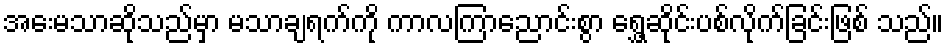
အေးမသာဆိုသည်မှာ မသာချရက်ကို ကာလကြာညောင်းစွာ ရွှေ့ဆိုင်းပစ်လိုက်ခြင်းဖြစ် သည်။